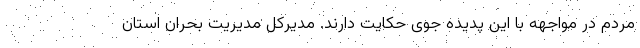
مردم در مواجهه با این پدیده جوی حکایت دارند. مدیرکل مدیریت بحران استان